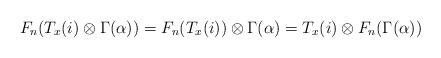
LaTeX: \begin{align*}F_n(T_x(i)\otimes \Gamma(\alpha))=F_n(T_x(i))\otimes \Gamma(\alpha)=T_x(i)\otimes F_n(\Gamma(\alpha))\end{align*}